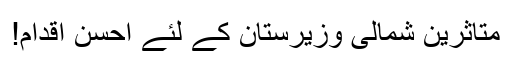
متاثرین شمالی وزیرستان کے لئے احسن اقدام!